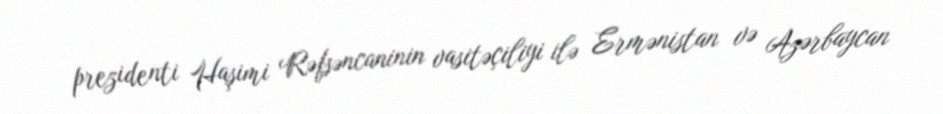
prezidenti Haşimi Rəfsəncaninin vasitəçiliyi ilə Ermənistan və Azərbaycan